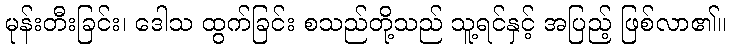
မုန်းတီးခြင်း၊ ဒေါသ ထွက်ခြင်း စသည်တို့သည် သူ့ရင်နှင့် အပြည့် ဖြစ်လာ၏။